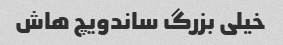
خیلی بزرگ ساندویچ هاش